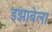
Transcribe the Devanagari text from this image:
इझाबेला